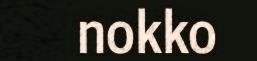
nokko